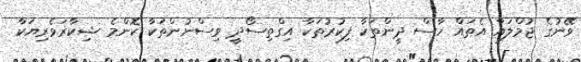
ވޭނުގެ ޖުމްލައާ އެތައް ހާސް ދީންތަކާ ފިކުރުތަކާ އިގްތިސޯދީ ވިސްނުންތަކާ ކޮންމެ ޝިކާރަވެރިޔަކާ